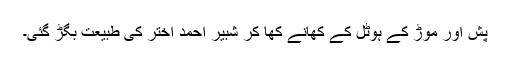
پش اور موڑ کے ہوٹل کے کھانے کھا کر شبیر احمد اختر کی طبیعت بگڑ گئی۔